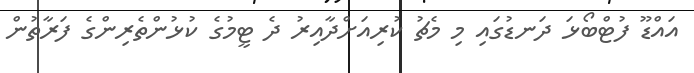
އައްޑޫ ފުޓްބޯޅަ ދަނޑުގައި މި މެޗު ކުރިއަށްދާއިރު ދެ ޓީމުގެ ކުޅުންތެރިންގެ ފަރާތުން